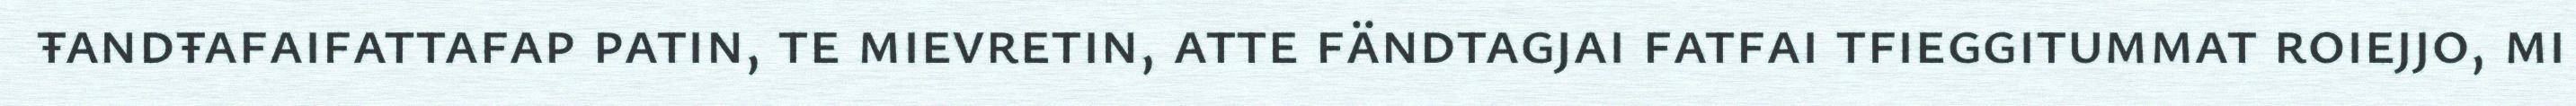
ŧandŧafaifattafap patin, te mievretin, atte fändtagjai fatfai tfieggitummat roiejjo, mi